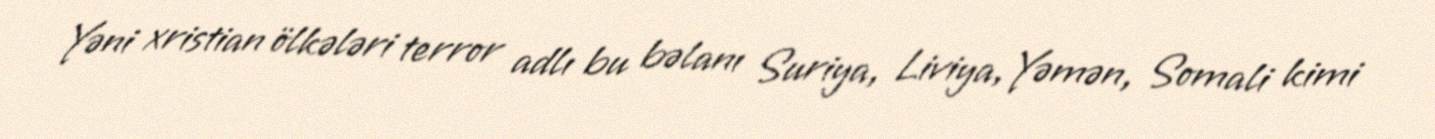
Yəni xristian ölkələri terror adlı bu bəlanı Suriya, Liviya, Yəmən, Somali kimi